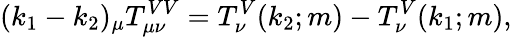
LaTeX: (k_{1}-k_{2})_{\mu}T_{\mu\nu}^{VV}=T_{\nu}^{V}(k_{2};m)-T_{\nu}^{V}(k_{1};m),